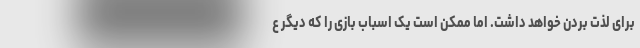
برای لذت بردن خواهد داشت. اما ممکن است یک اسباب بازی را که دیگر ع